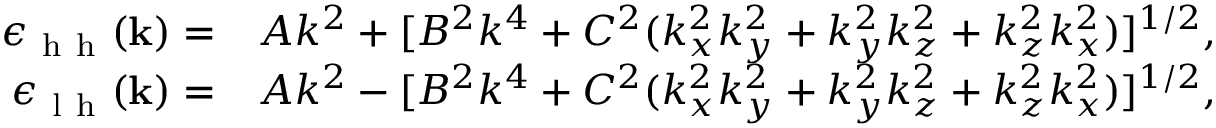
\begin{array} { r l } { \epsilon _ { \mathrm { ~ h ~ h ~ } } ( \mathbf k ) = } & { { } A k ^ { 2 } + [ B ^ { 2 } k ^ { 4 } + C ^ { 2 } ( k _ { x } ^ { 2 } k _ { y } ^ { 2 } + k _ { y } ^ { 2 } k _ { z } ^ { 2 } + k _ { z } ^ { 2 } k _ { x } ^ { 2 } ) ] ^ { 1 / 2 } , } \\ { \epsilon _ { \mathrm { ~ l ~ h ~ } } ( \mathbf k ) = } & { { } A k ^ { 2 } - [ B ^ { 2 } k ^ { 4 } + C ^ { 2 } ( k _ { x } ^ { 2 } k _ { y } ^ { 2 } + k _ { y } ^ { 2 } k _ { z } ^ { 2 } + k _ { z } ^ { 2 } k _ { x } ^ { 2 } ) ] ^ { 1 / 2 } , } \end{array}